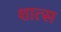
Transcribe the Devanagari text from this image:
शात्स